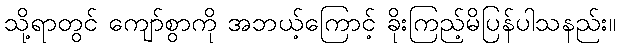
သို့ရာတွင် ကျော်စွာကို အဘယ့်ကြောင့် ခိုးကြည့်မိပြန်ပါသနည်း။